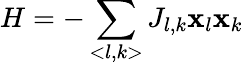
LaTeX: H=-\sum_{<l,k>}J_{l,k}\mathbf{x}_{l}\mathbf{x}_{k}